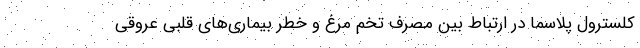
کلسترول پلاسما در ارتباط بین مصرف تخم مرغ و خطر بیماری‌های قلبی عروقی